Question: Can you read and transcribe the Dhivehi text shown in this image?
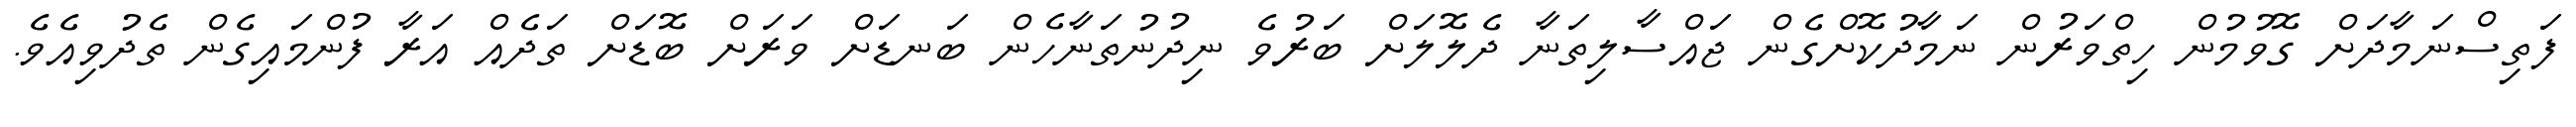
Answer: ފަތިސްނަމާދަށް ގޮވުމުން ހިތްވަރުން ނަމާދުކޮށްގެން ޖައްސާލިތަނާ ދެލޮލަށް ބަރުވެ ނިދުނުތަނާހެން ބަނޑަށް ވަރަށް ބޮޑަށް ތަދެއް އަރާ ފުންމައިގެން ތެދުވިއެވެ.